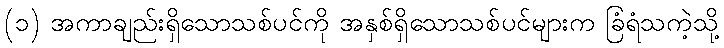
(၁) အကာချည်းရှိသောသစ်ပင်ကို အနှစ်ရှိသောသစ်ပင်များက ခြံရံသကဲ့သို့